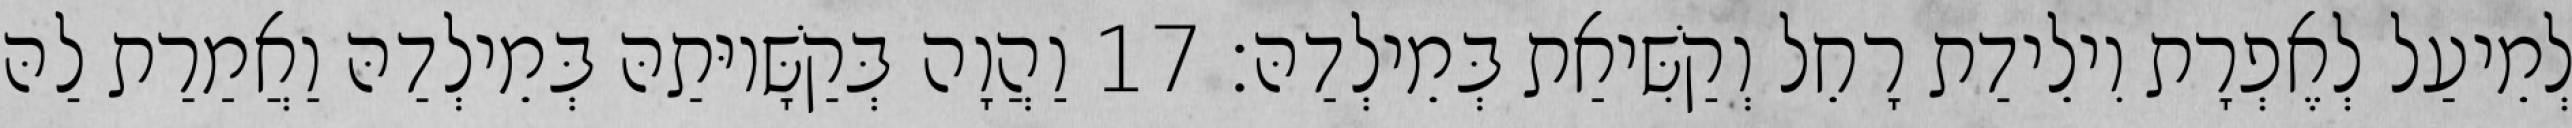
לְמֵיעַל לְאֶפְרָת וִילֵידַת רָחֵל וְקַשִּׁיאַת בְּמֵילְדַהּ׃ 17 וַהֲוָה בְּקַשָּׁיוּתַהּ בְּמֵילְדַהּ וַאֲמַרַת לַהּ